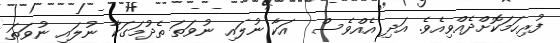
ފުރިހަމަކޮށްދެއްވިއެވެ. އަދި އެއްވެސް  އަކާ ނުލައި ނުވަތަ ތެދުމަގަކާ ނުލައި ނުވަތަ